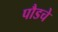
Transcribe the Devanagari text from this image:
पौडचे